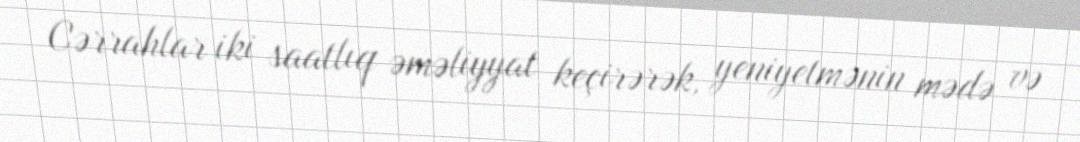
Cərrahlar iki saatlıq əməliyyat keçirərək, yeniyetmənin mədə və